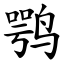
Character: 鹗